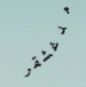
مدغشقر